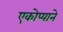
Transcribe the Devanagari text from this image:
एकोप्याने